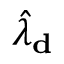
\hat { \lambda } _ { \bf d }